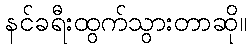
နင်ခရီးထွက်သွားတာဆို။